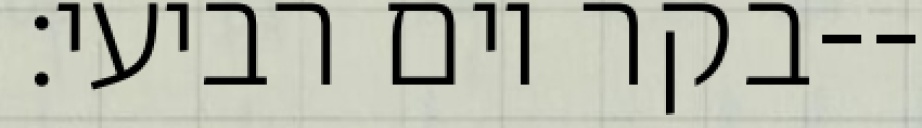
בקר יום רביעי׃--